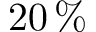
2 0 \, \%